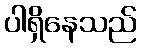
ပါရှိနေသည်